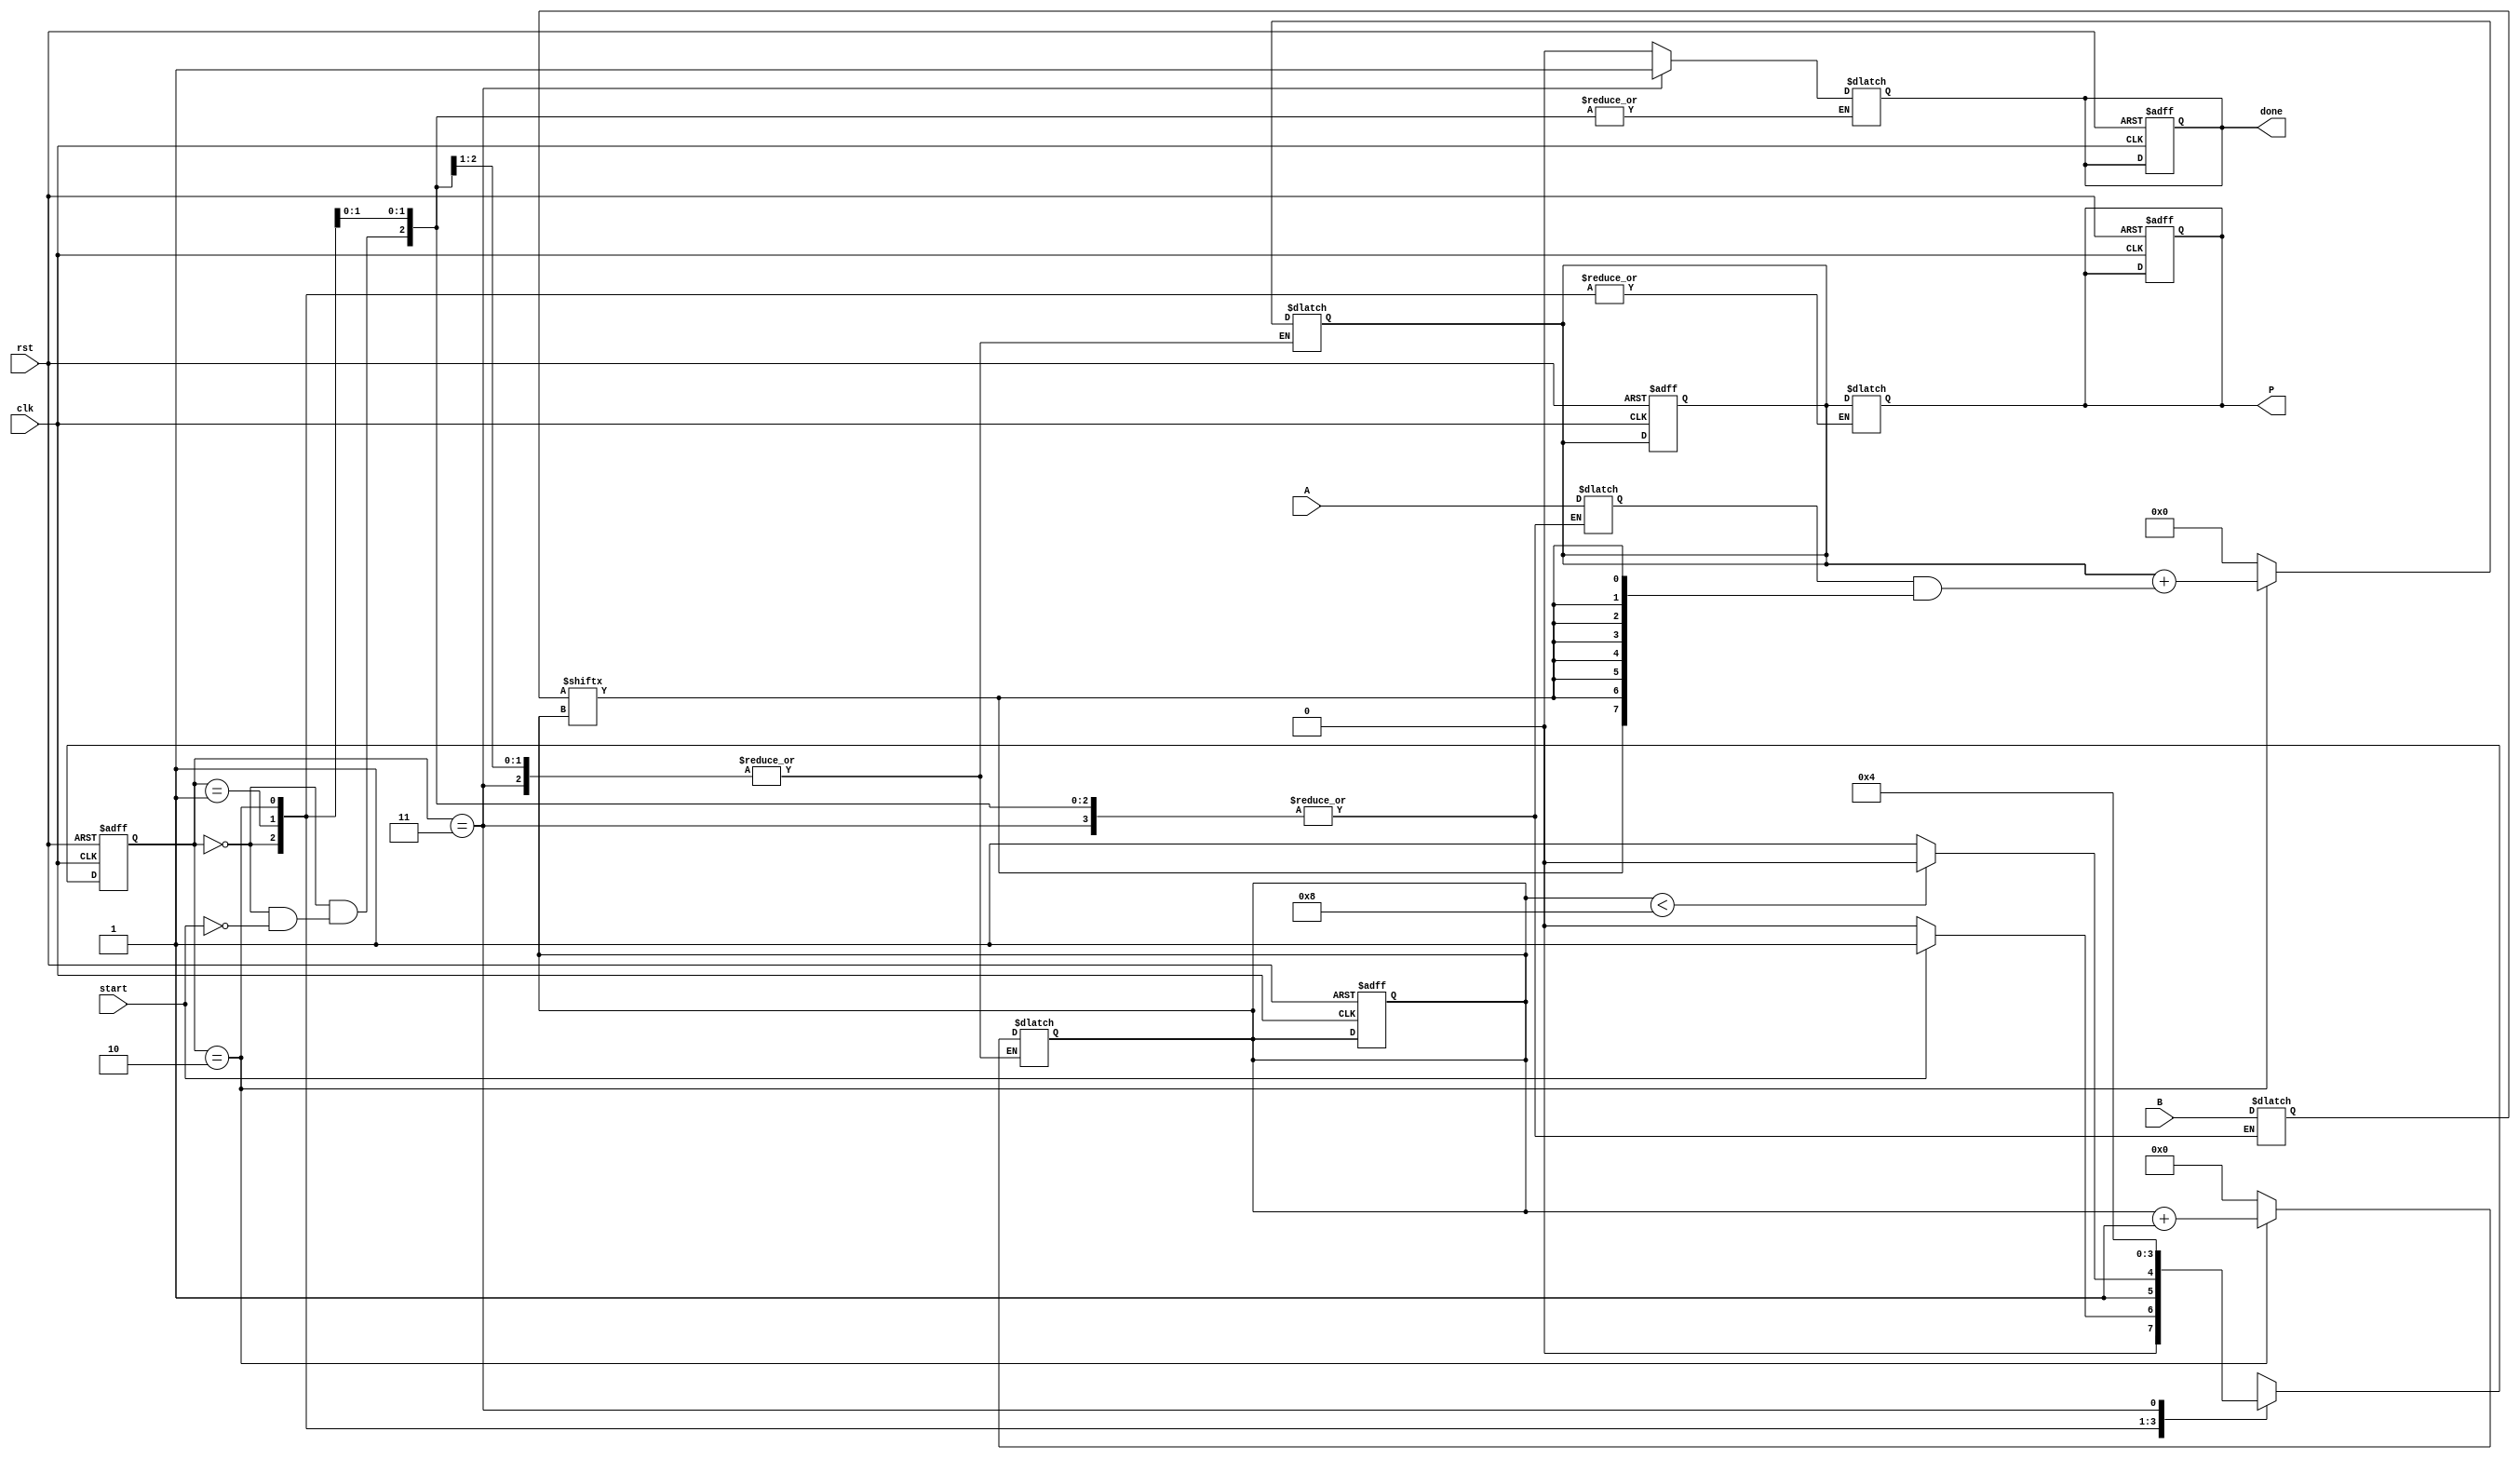
module PartialProductAccumulator #(
    parameter N = 8,  // Width of the multiplicand
    parameter M = 8   // Width of the multiplier
)(
    input wire clk,
    input wire rst,
    input wire start,
    input wire [N-1:0] A,  // Multiplicand
    input wire [M-1:0] B,  // Multiplier
    output reg [N+M-1:0] P, // Product
    output reg done
);

    reg [M-1:0] multiplier;         // The multiplier (B)
    reg [N-1:0] multiplicand;       // The multiplicand (A)
    reg [N+M-1:0] accumulator;      // Accumulator for the product
    reg [3:0] count;                // Counter for the number of bits processed
    reg generating_partial_product;  // State flag

    // State machine states
    localparam IDLE           = 2'b00;
    localparam GENERATE_PPP   = 2'b01;
    localparam ACCUMULATE     = 2'b10;
    localparam DONE           = 2'b11;

    reg [1:0] state, next_state;

    // Sequential logic for state transitions
    always @(posedge clk or posedge rst) begin
        if (rst) begin
            state <= IDLE;
            P <= 0;
            accumulator <= 0;
            count <= 0;
            done <= 0;
        end else begin
            state <= next_state;
        end
    end

    // Combinational logic for next state generation
    always @(*) begin
        case (state)
            IDLE: begin
                if (start) begin
                    multiplicand = A;
                    multiplier = B;
                    count = 0;
                    accumulator = 0;
                    done = 0;
                    next_state = GENERATE_PPP;
                end else begin
                    next_state = IDLE;
                end
            end

            GENERATE_PPP: begin
                if (count < M) begin
                    next_state = ACCUMULATE;
                end else begin
                    next_state = DONE;
                end
            end

            ACCUMULATE: begin
                accumulator = accumulator + (multiplicand & {N{multiplier[count]}});
                count = count + 1;
                next_state = GENERATE_PPP;
            end

            DONE: begin
                P = accumulator;
                done = 1;
                next_state = IDLE; // Reset to IDLE state
            end

            default: next_state = IDLE;
        endcase
    end

endmodule